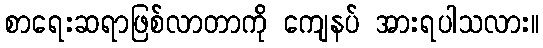
စာရေးဆရာဖြစ်လာတာကို ကျေနပ် အားရပါသလား။